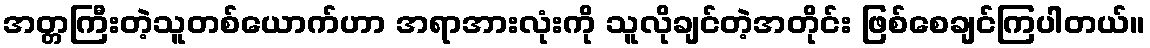
အတ္တကြီးတဲ့သူတစ်ယောက်ဟာ အရာအားလုံးကို သူလိုချင်တဲ့အတိုင်း ဖြစ်စေချင်ကြပါတယ်။